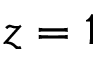
z = 1